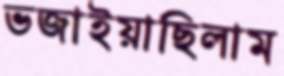
ভজাইয়াছিলাম